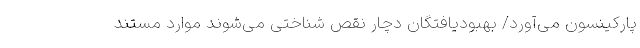
پارکینسون می‌آورد/ بهبودیافتگان دچار نقص شناختی می‌شوند موارد مستند